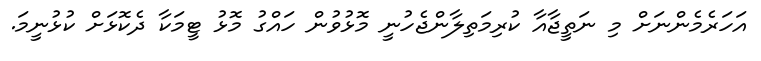
އަހަރެމެންނަށް މި ނަތީޖާއާ ކުރިމަތިލާންޖެހުނީ މޮޅުވުން ހައްގު މޮޅު ޓީމަކާ ދެކޮޅަށް ކުޅުނީމަ.